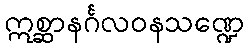
ဣစ္ဆာနင်္ဂလဝနသဏ္ဍေ